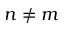
n \neq m